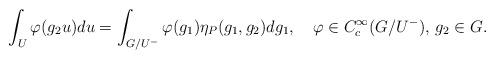
LaTeX: \begin{align*} \int_U \varphi(g_2 u)du = \int_{G/U^-} \varphi(g_1) \eta_P(g_1,g_2) dg_1, \quad\varphi \in C^\infty_c(G/U^-),\, g_2\in G.\end{align*}